Development of the parasite of Indian kala azar - Number 53
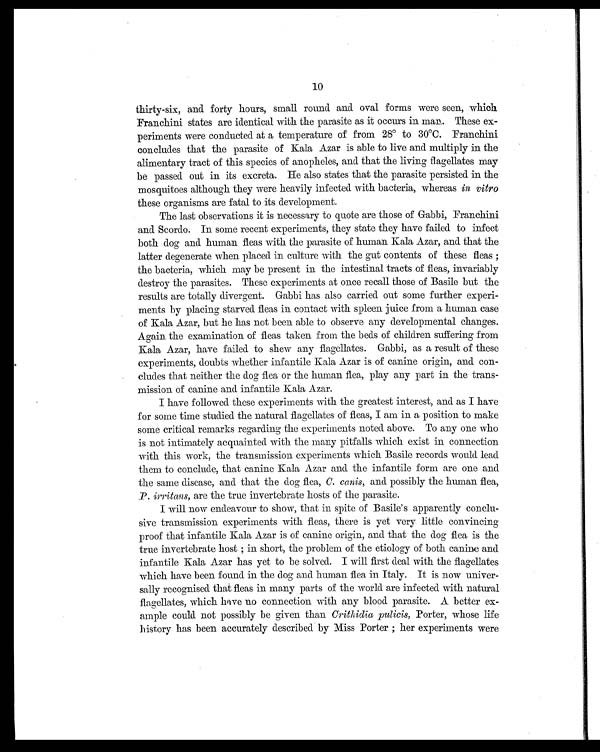
10
thirty-six, and forty hours, small round and oval forms were seen, which
Franchini states are identical with the parasite as it occurs in man. These ex-
periments were conducted at a temperature of from 28° to 30°C. Franchini
concludes that the parasite of Kala Azar is able to live and multiply in the
alimentary tract of this species of anopheles, and that the living flagellates may
be passed out in its excreta. He also states that the parasite persisted in the
mosquitoes although they were heavily infected with bacteria, whereas in vitro
these organisms are fatal to its development.
The last observations it is necessary to quote are those of Gabbi, Franchini
and Scordo. In some recent experiments, they state they have failed to infect
both dog and human fleas with the parasite of human Kala Azar, and that the
latter degenerate when placed in culture with the gut contents of these fleas ;
the bacteria, which may be present in the intestinal tracts of fleas, invariably
destroy the parasites. These experiments at once recall those of Basile but the
results are totally divergent. Gabbi has also carried out some further experi-
ments by placing starved fleas in contact with spleen juice from a human case
of Kala Azar, but he has not been able to observe any developmental changes.
Again the examination of fleas taken from the beds of children suffering from
Kala Azar, have failed to shew any flagellates. Gabbi, as a result of these
experiments, doubts whether infantile Kala Azar is of canine origin, and con-
cludes that neither the dog flea or the human flea, play any part in the trans-
mission of canine and infantile Kala Azar.
I have followed these experiments with the greatest interest, and as I have
for some time studied the natural flagellates of fleas, I am in a position to make
some critical remarks regarding the experiments noted above. To any one who
is not intimately acquainted with the many pitfalls which exist in connection
with this work, the transmission experiments which Basile records would lead
them to conclude, that canine Kala Azar and the infantile form are one and
the same disease, and that the dog flea, C. canis, and possibly the human flea,
P. irritans, are the true invertebrate hosts of the parasite.
I will now endeavour to show, that in spite of Basile's apparently conclu-
sive transmission experiments with fleas, there is yet very little convincing
proof that infantile Kala Azar is of canine origin, and that the dog flea is the
true invertebrate host ; in short, the problem of the etiology of both canine and
infantile Kala Azar has yet to be solved. I will first deal with the flagellates
which have been found in the dog and human flea in Italy. It is now univer-
sally recognised that fleas in many parts of the world are infected with natural
flagellates, which have no connection with any blood parasite. A better ex-
ample could not possibly be given than Crithidia pulicis, Porter, whose life
history has been accurately described by Miss Porter ; her experiments were